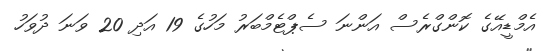
އެމްޑީއޭގެ ކޮންގްރެސް އަންނަ ސެޕްޓެމްބަރު މަހުގެ 19 އަދި 20 ވަނަ ދުވަހު